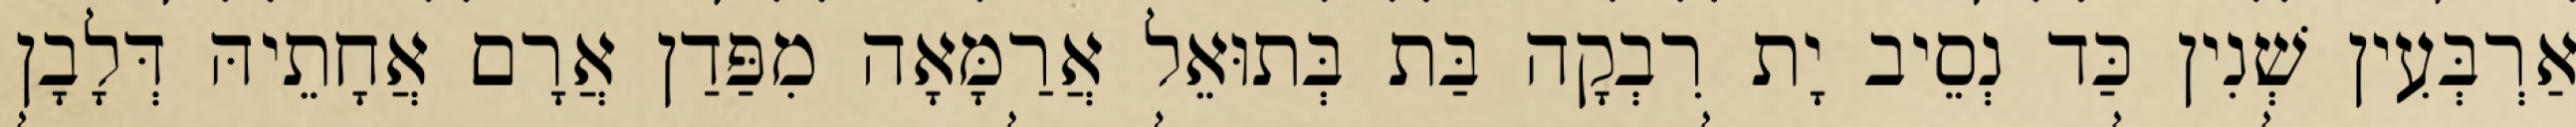
אַרְבְּעִין שְׁנִין כַּד נְסֵיב יָת רִבְקָה בַּת בְּתוּאֵל אֲרַמָּאָה מִפַּדַן אֲרָם אֲחָתֵיהּ דְּלָבָן